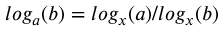
l o g _ { a } ( b ) = l o g _ { x } ( a ) / l o g _ { x } ( b )